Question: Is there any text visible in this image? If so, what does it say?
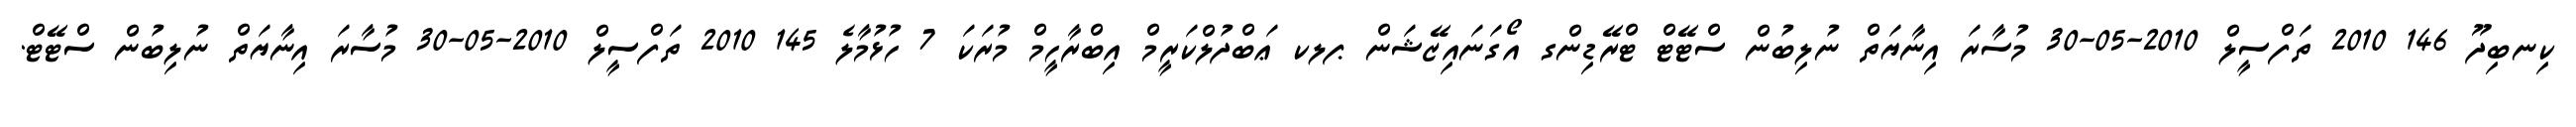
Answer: ކިނބިދޫ 146 2010 ތަފްސީލް 2010-05-30 މުސާރަ އިނާޔަތް ނުލިބުން ސްޓޭޓް ޓްރޭޑިންގ އޯގަނައިޒޭޝަން ޕލކ ޢަބްދުލްކަރީމް އިބްރާހީމް މުރަކަ 7 ހުޅުމާލެ 145 2010 ތަފްސީލް 2010-05-30 މުސާރަ އިނާޔަތް ނުލިބުން ސްޓޭޓް.